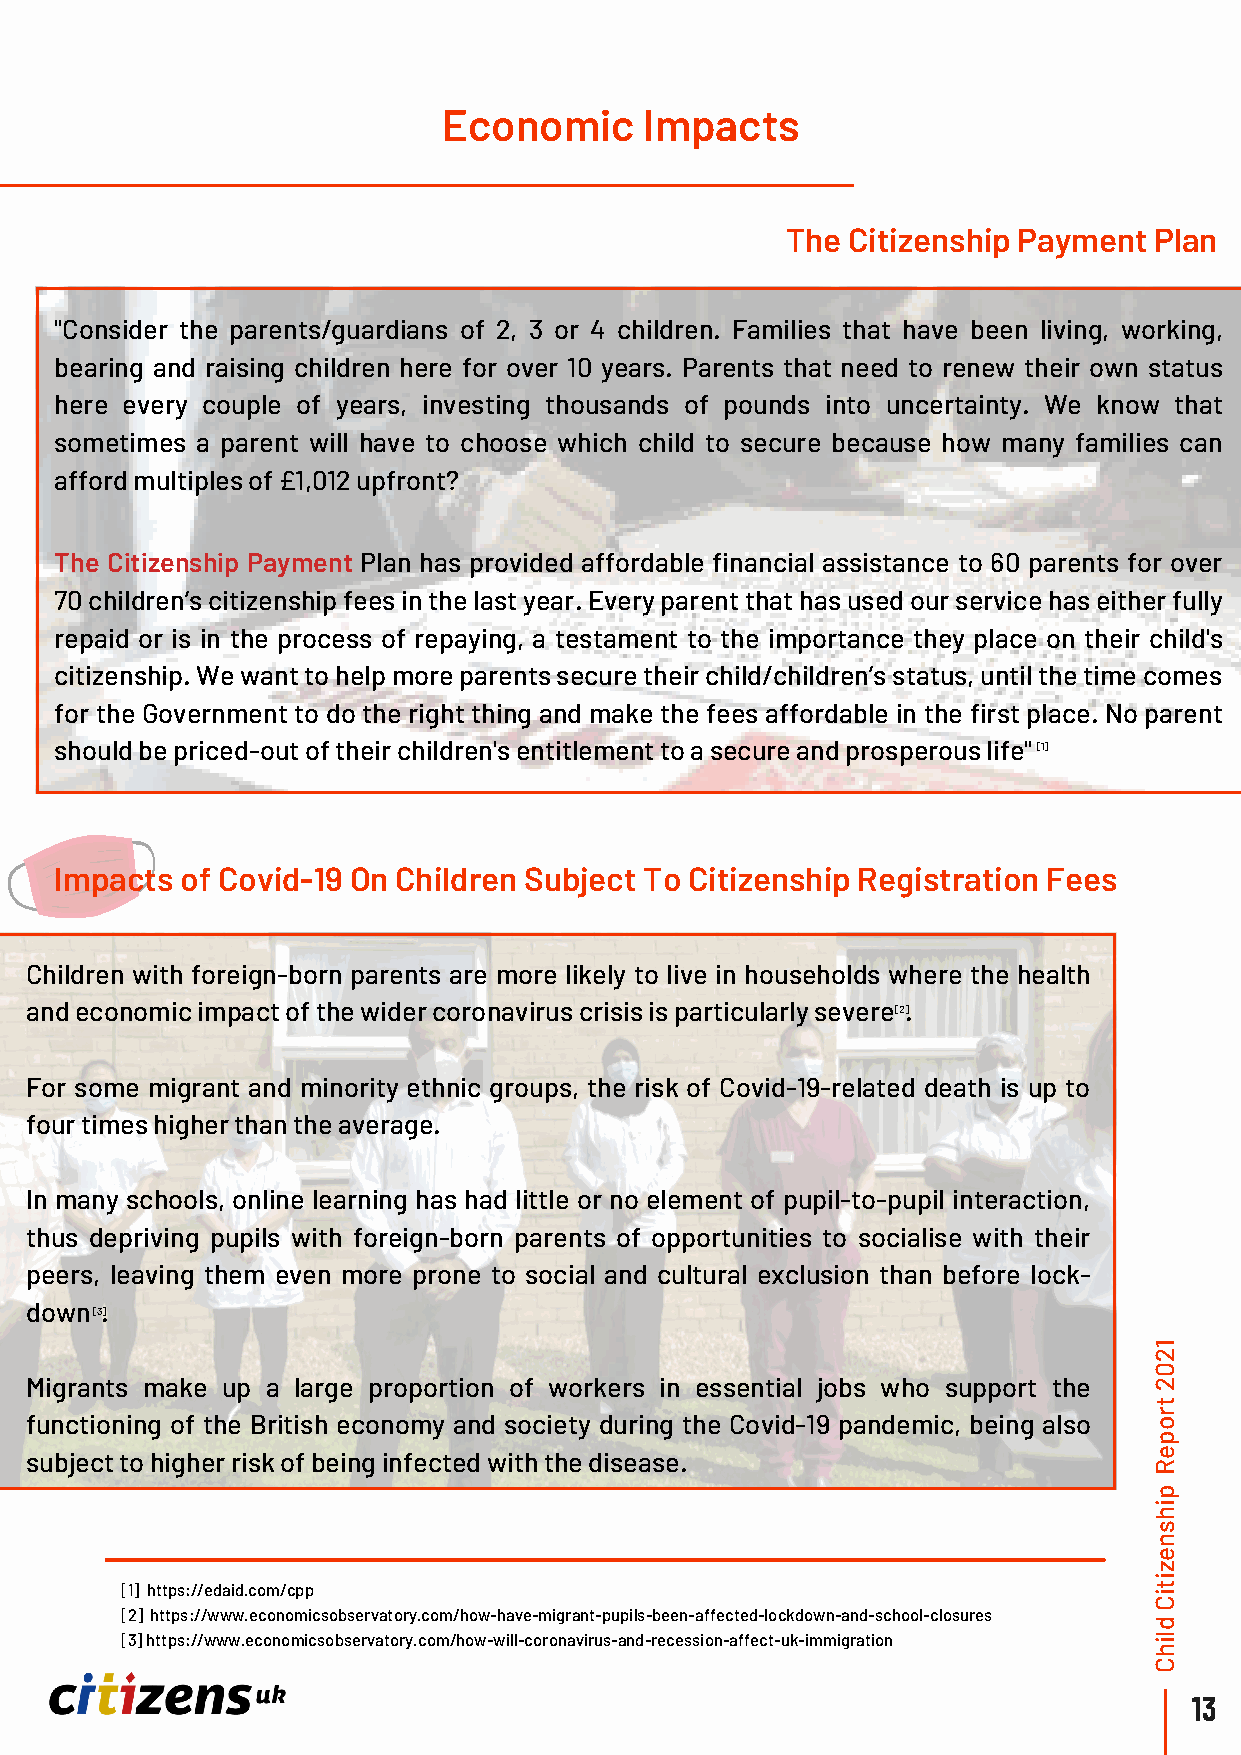
Economic      Impacts
 The Citizenship Payment Plan
 "Consider the parents/guardians of 2, 3 or 4 children. Families that have been living, working,
 bearing and raising children here for over 10 years. Parents that need to renew their own status
 here every couple of years, investing thousands of pounds into uncertainty. We know that
 sometimes a parent will have to choose which child to secure because how many families can
 afford multiples of £1,012 upfront?
 The Citizenship Payment Plan has provided affordable financial assistance to 60 parents for over
 70 children’s citizenship fees in the last year. Every parent that has used our service has either fully
 repaid or is in the process of repaying, a testament to the importance they place on their child's
 citizenship. We want to help more parents secure their child/children’s status, until the time comes
 for the Government to do the right thing and make the fees affordable in the first place. No parent
 should be priced-out of their children's entitlement to a secure and prosperous life" [1]
 Impacts of Covid-19 On Children Subject To Citizenship Registration Fees
 Children with foreign-born parents are more likely to live in households where the health
 and economic impact of the wider coronavirus crisis is particularly severe [2 .]
 For some migrant and minority ethnic groups, the risk of Covid-19-related death is up to
 four times higher than the average.
 In many schools, online learning has had little or no element of pupil-to-pupil interaction,
 thus depriving pupils with foreign-born parents of opportunities to socialise with their
 peers, leaving them even more prone to social and cultural exclusion than before lock-
 down [ 3.]
 1
 2
 0
 Migrants make up a large proportion of workers in essential jobs who support the 2
 t
 r
 functioning of the British economy and society during the Covid-19 pandemic, being also o
 p
 subject to higher risk of being infected with the disease.                e
 R
 p
 i
 h
 s
 n
 e
 z
 i
 [1] https://edaid.com/cpp                                           it
 C
 [2] https://www.economicsobservatory.com/how-have-migrant-pupils-been-affected-lockdown-and-school-closures
 d
 [3] https://www.economicsobservatory.com/how-will-coronavirus-and-recession-affect-uk-immigration il
 h
 C
 13